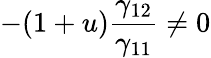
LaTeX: -(1+u)\frac{\gamma_{12}}{\gamma_{11}}\neq 0